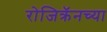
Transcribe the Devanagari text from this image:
रोजिक्रॅनच्या